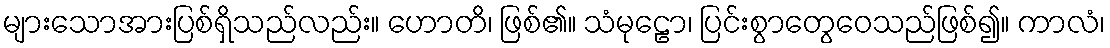
များသောအားပြစ်ရှိသည်လည်း။ ဟောတိ၊ ဖြစ်၏။ သံမုဠော၊ ပြင်းစွာတွေဝေသည်ဖြစ်၍။ ကာလံ၊